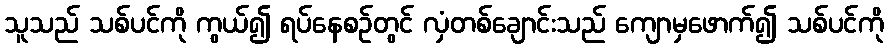
သူသည် သစ်ပင်ကို ကွယ်၍ ရပ်နေစဉ်တွင် လှံတစ်ချောင်းသည် ကျောမှဖောက်၍ သစ်ပင်ကို